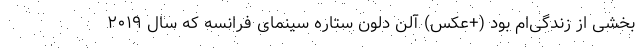
بخشی از زندگی‌ام بود (+عکس) آلن دلون ستاره سینمای فرانسه که سال ۲۰۱۹